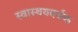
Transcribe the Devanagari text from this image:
स्वास्थयवर्धक